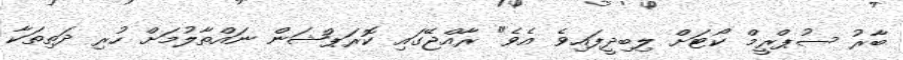
ބާރު ސުޕްރީމް ކޯޓަށް ލިބިދީފައިވެ އެވެ" ރާއްޖޭގައި ކޮރަޕްޝަން ނައްތާލުމަަށް ހުރި ދަތިތަކާ